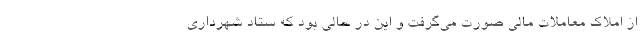
از املاک معاملات مالی صورت می‌گرفت و این در حالی بود که ستاد شهرداری